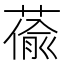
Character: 𦸄